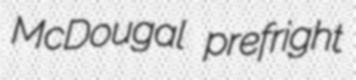
McDougal prefright